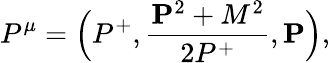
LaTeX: P^{\mu}=\Big(P^{+},{\frac{{\mathbf P}^{2}+M^{2}}{2P^{+}}},{\mathbf P}\Big),